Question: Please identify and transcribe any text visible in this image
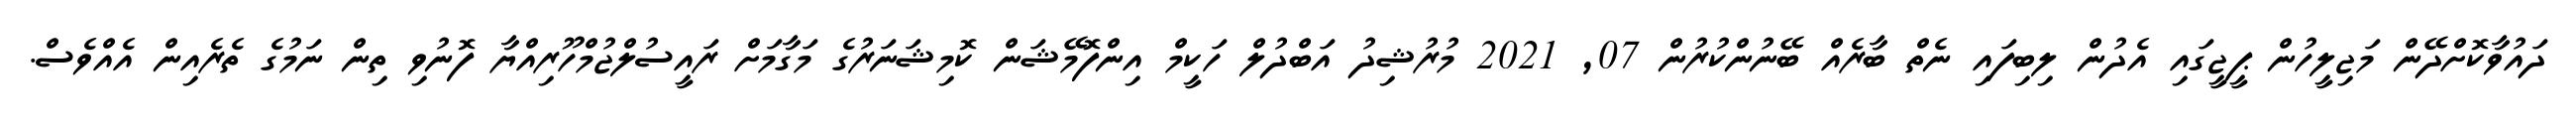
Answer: ދައުވާކޮށްދޭން މަޖިލީހުން ޕީޖީގައި އެދުން ލިބިފައި ނެތް ބާރެއް ބޭނުންކުރުން 07, 2021 މުރުޝިދު އަބްދުލް ހަކީމް އިންފޮމޭޝަން ކޮމިޝަނަރުގެ މަގާމަށް ރައީސުލްޖުމްހޫރިއްޔާ ފޮނުވި ތިން ނަމުގެ ތެރެއިން އެއްވެސް.